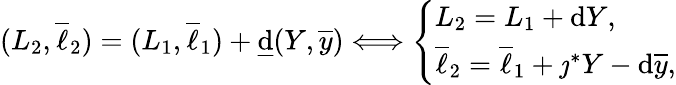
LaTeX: \begin{array}{r}{(L_{2},\overline{{\ell}}_{2})=(L_{1},\overline{{\ell}}_{1})+\underline{{\mathrm{d}}}(Y,\overline{{y}})\Longleftrightarrow\left\{ \begin{array}{ll}{L_{2}=L_{1}+\mathrm{d}Y,}\\ {\overline{{\ell}}_{2}=\overline{{\ell}}_{1}+\jmath^{*}Y-\mathrm{d}\overline{{y}},}\end{array}\right.}\end{array}